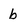
Character: b